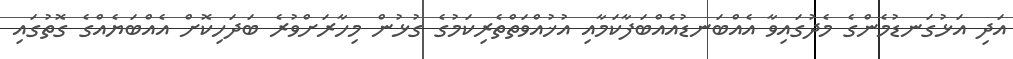
އަދި އަޅުގަނޑުމެންގެ މެދުގައިވާ އެއްބަނޑުއެއްބަފާކަމާއި އުޚުއްވަތްތެރިކަމުގެ ގުޅުން މިހާރަށްވުރެ ބަދަހިކޮށް އެއްބަޔެއްގެ ގޮތުގައި